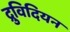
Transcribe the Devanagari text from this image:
द्रुविदियन